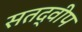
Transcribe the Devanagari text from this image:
सतद्वीप